NAE_kihelkonnakohtute_kirjad_ja_protokollid_1869-1889, lk 5
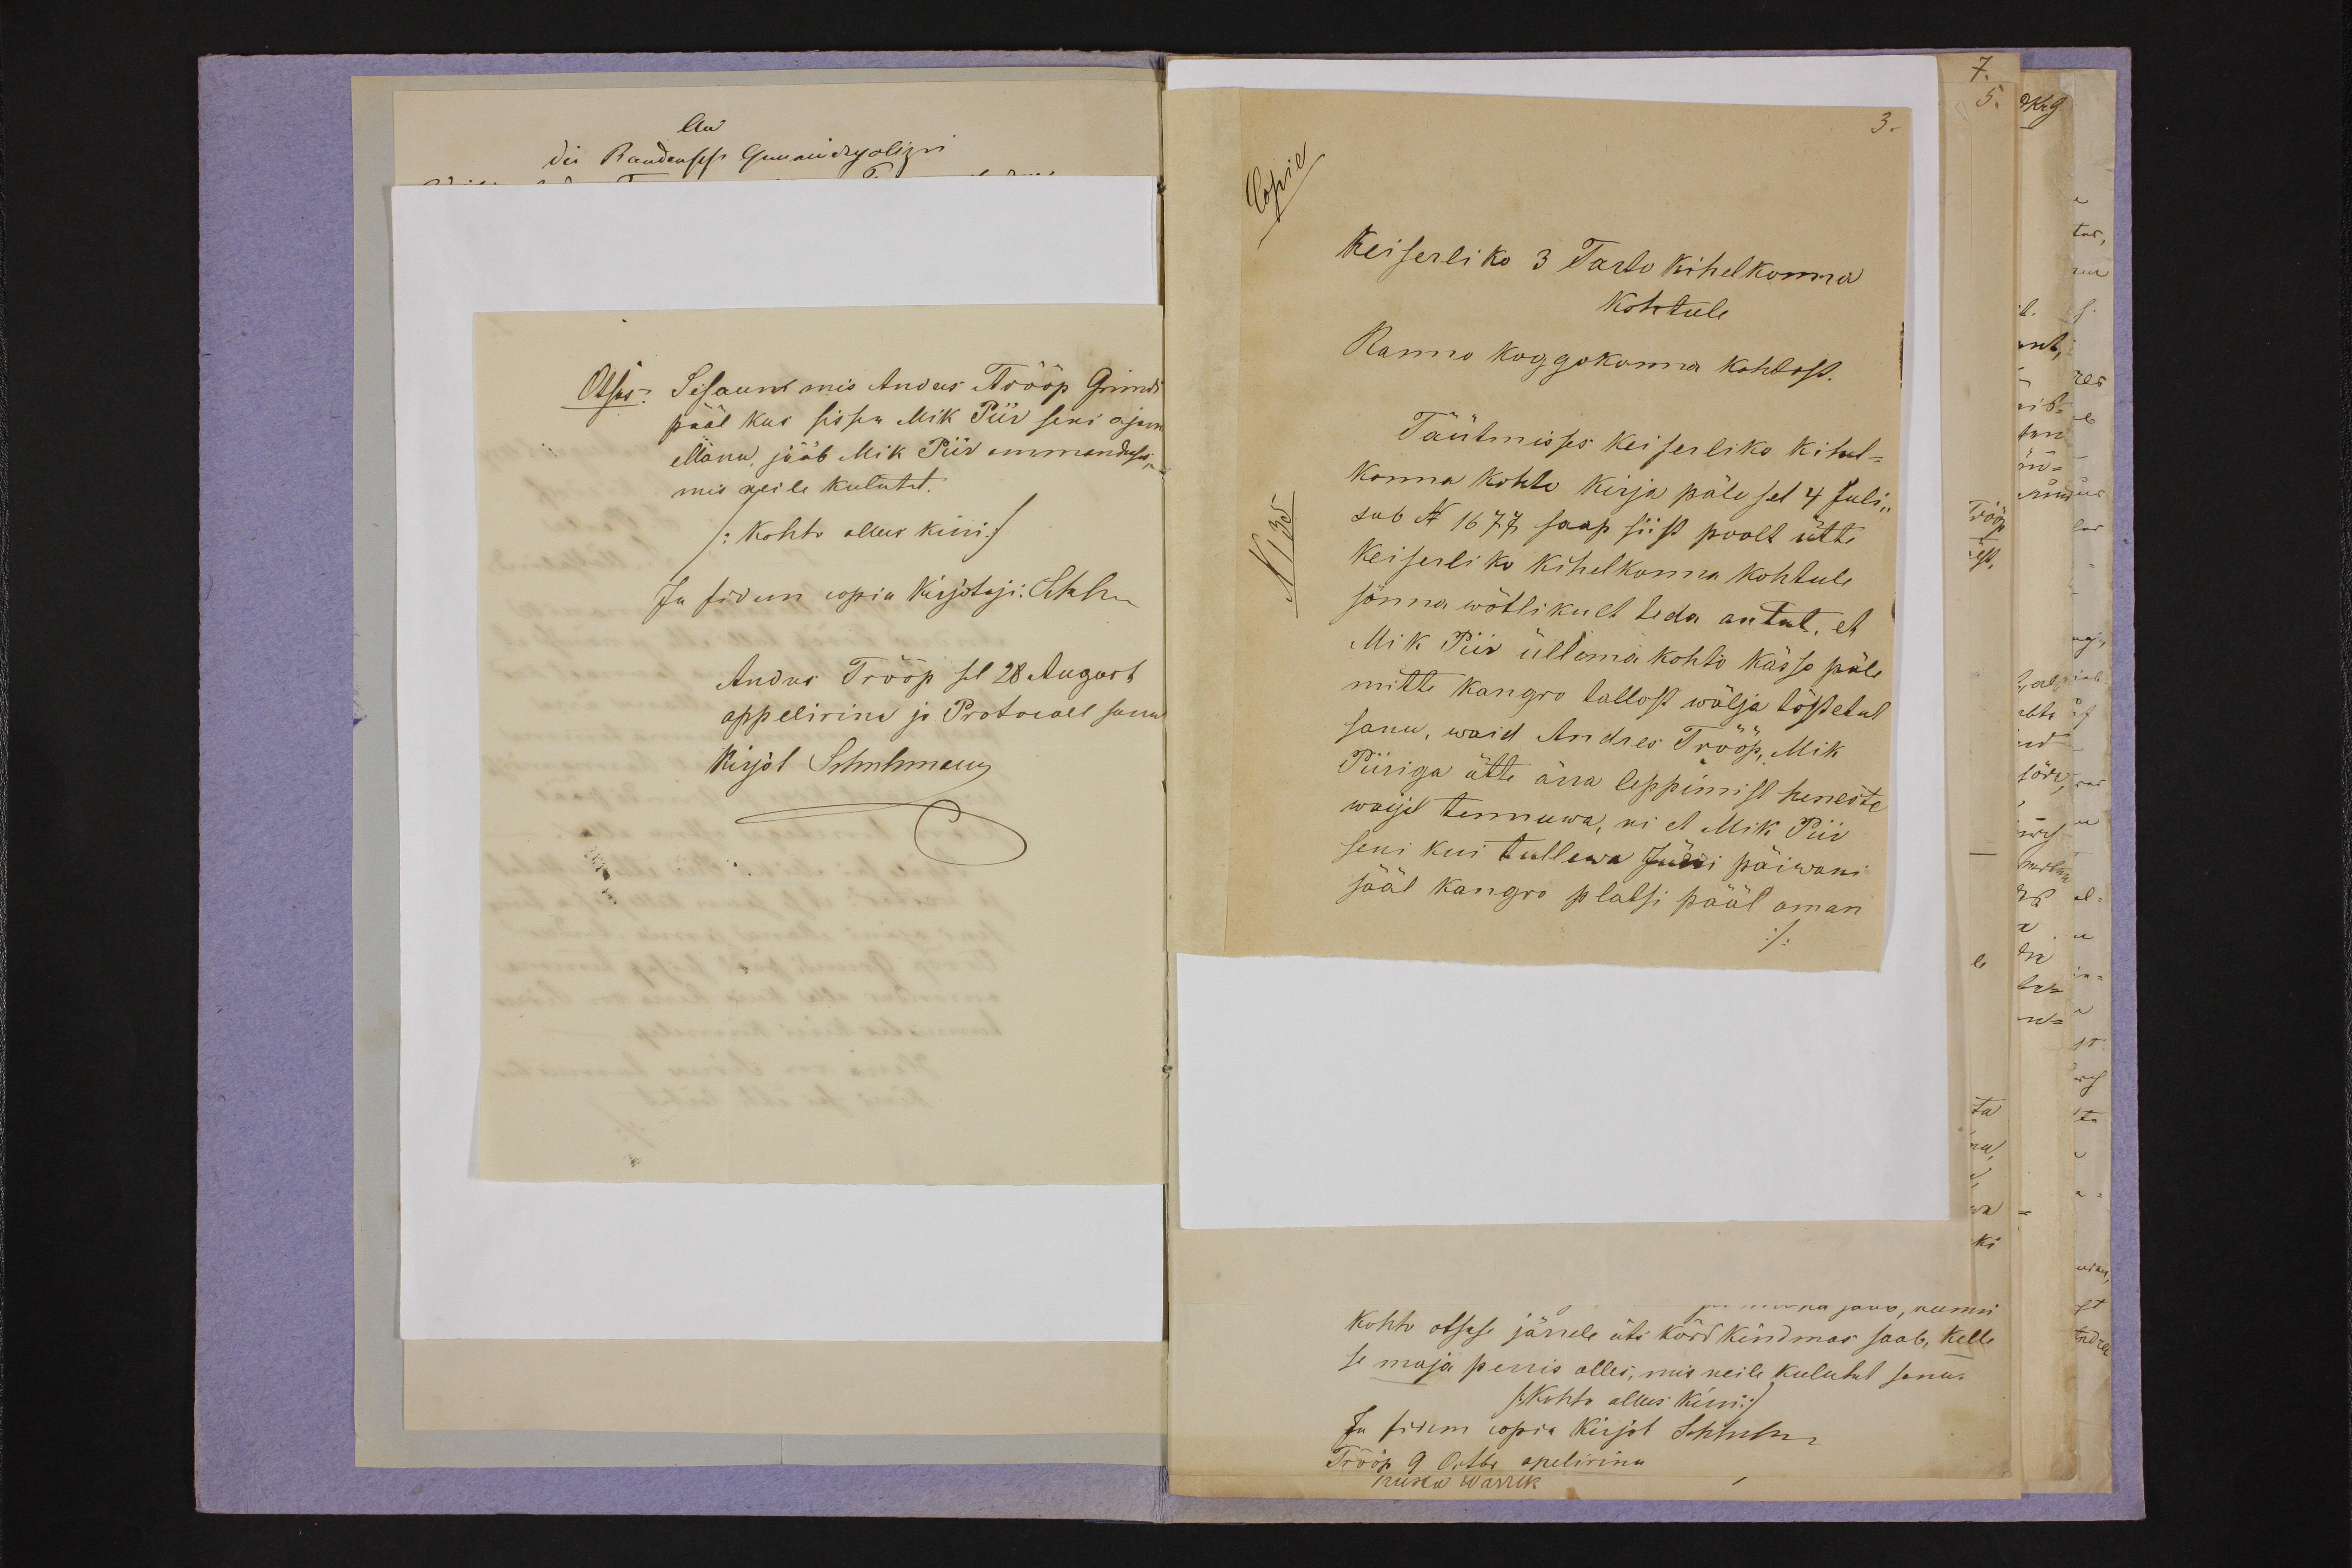
Keiserliko 3 Tarto kihelkonna
kohtule
Ranno koggokonna kohdost.
Täütmisses Keiserliko kihel-
konna kohto kirja päle sel 4 Juli
sub N 1677 saap siist poolt ütte
Keiserliko kihelkonna kohtule
sõnna wõtlikult teda antut, et
Mik Piir üllema kohto kässo päle
mihte kangro tallost wälja lõpetut
sanu, waid Andres Trõõp, Mik
Piiriga ütte ärra leppimist heneste
waijel tennuwa, ni et Mik Piir
seni kui tullewa Jürri päiwani
jääb kangro plalsi pääl oman